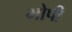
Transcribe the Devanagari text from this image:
भोपी